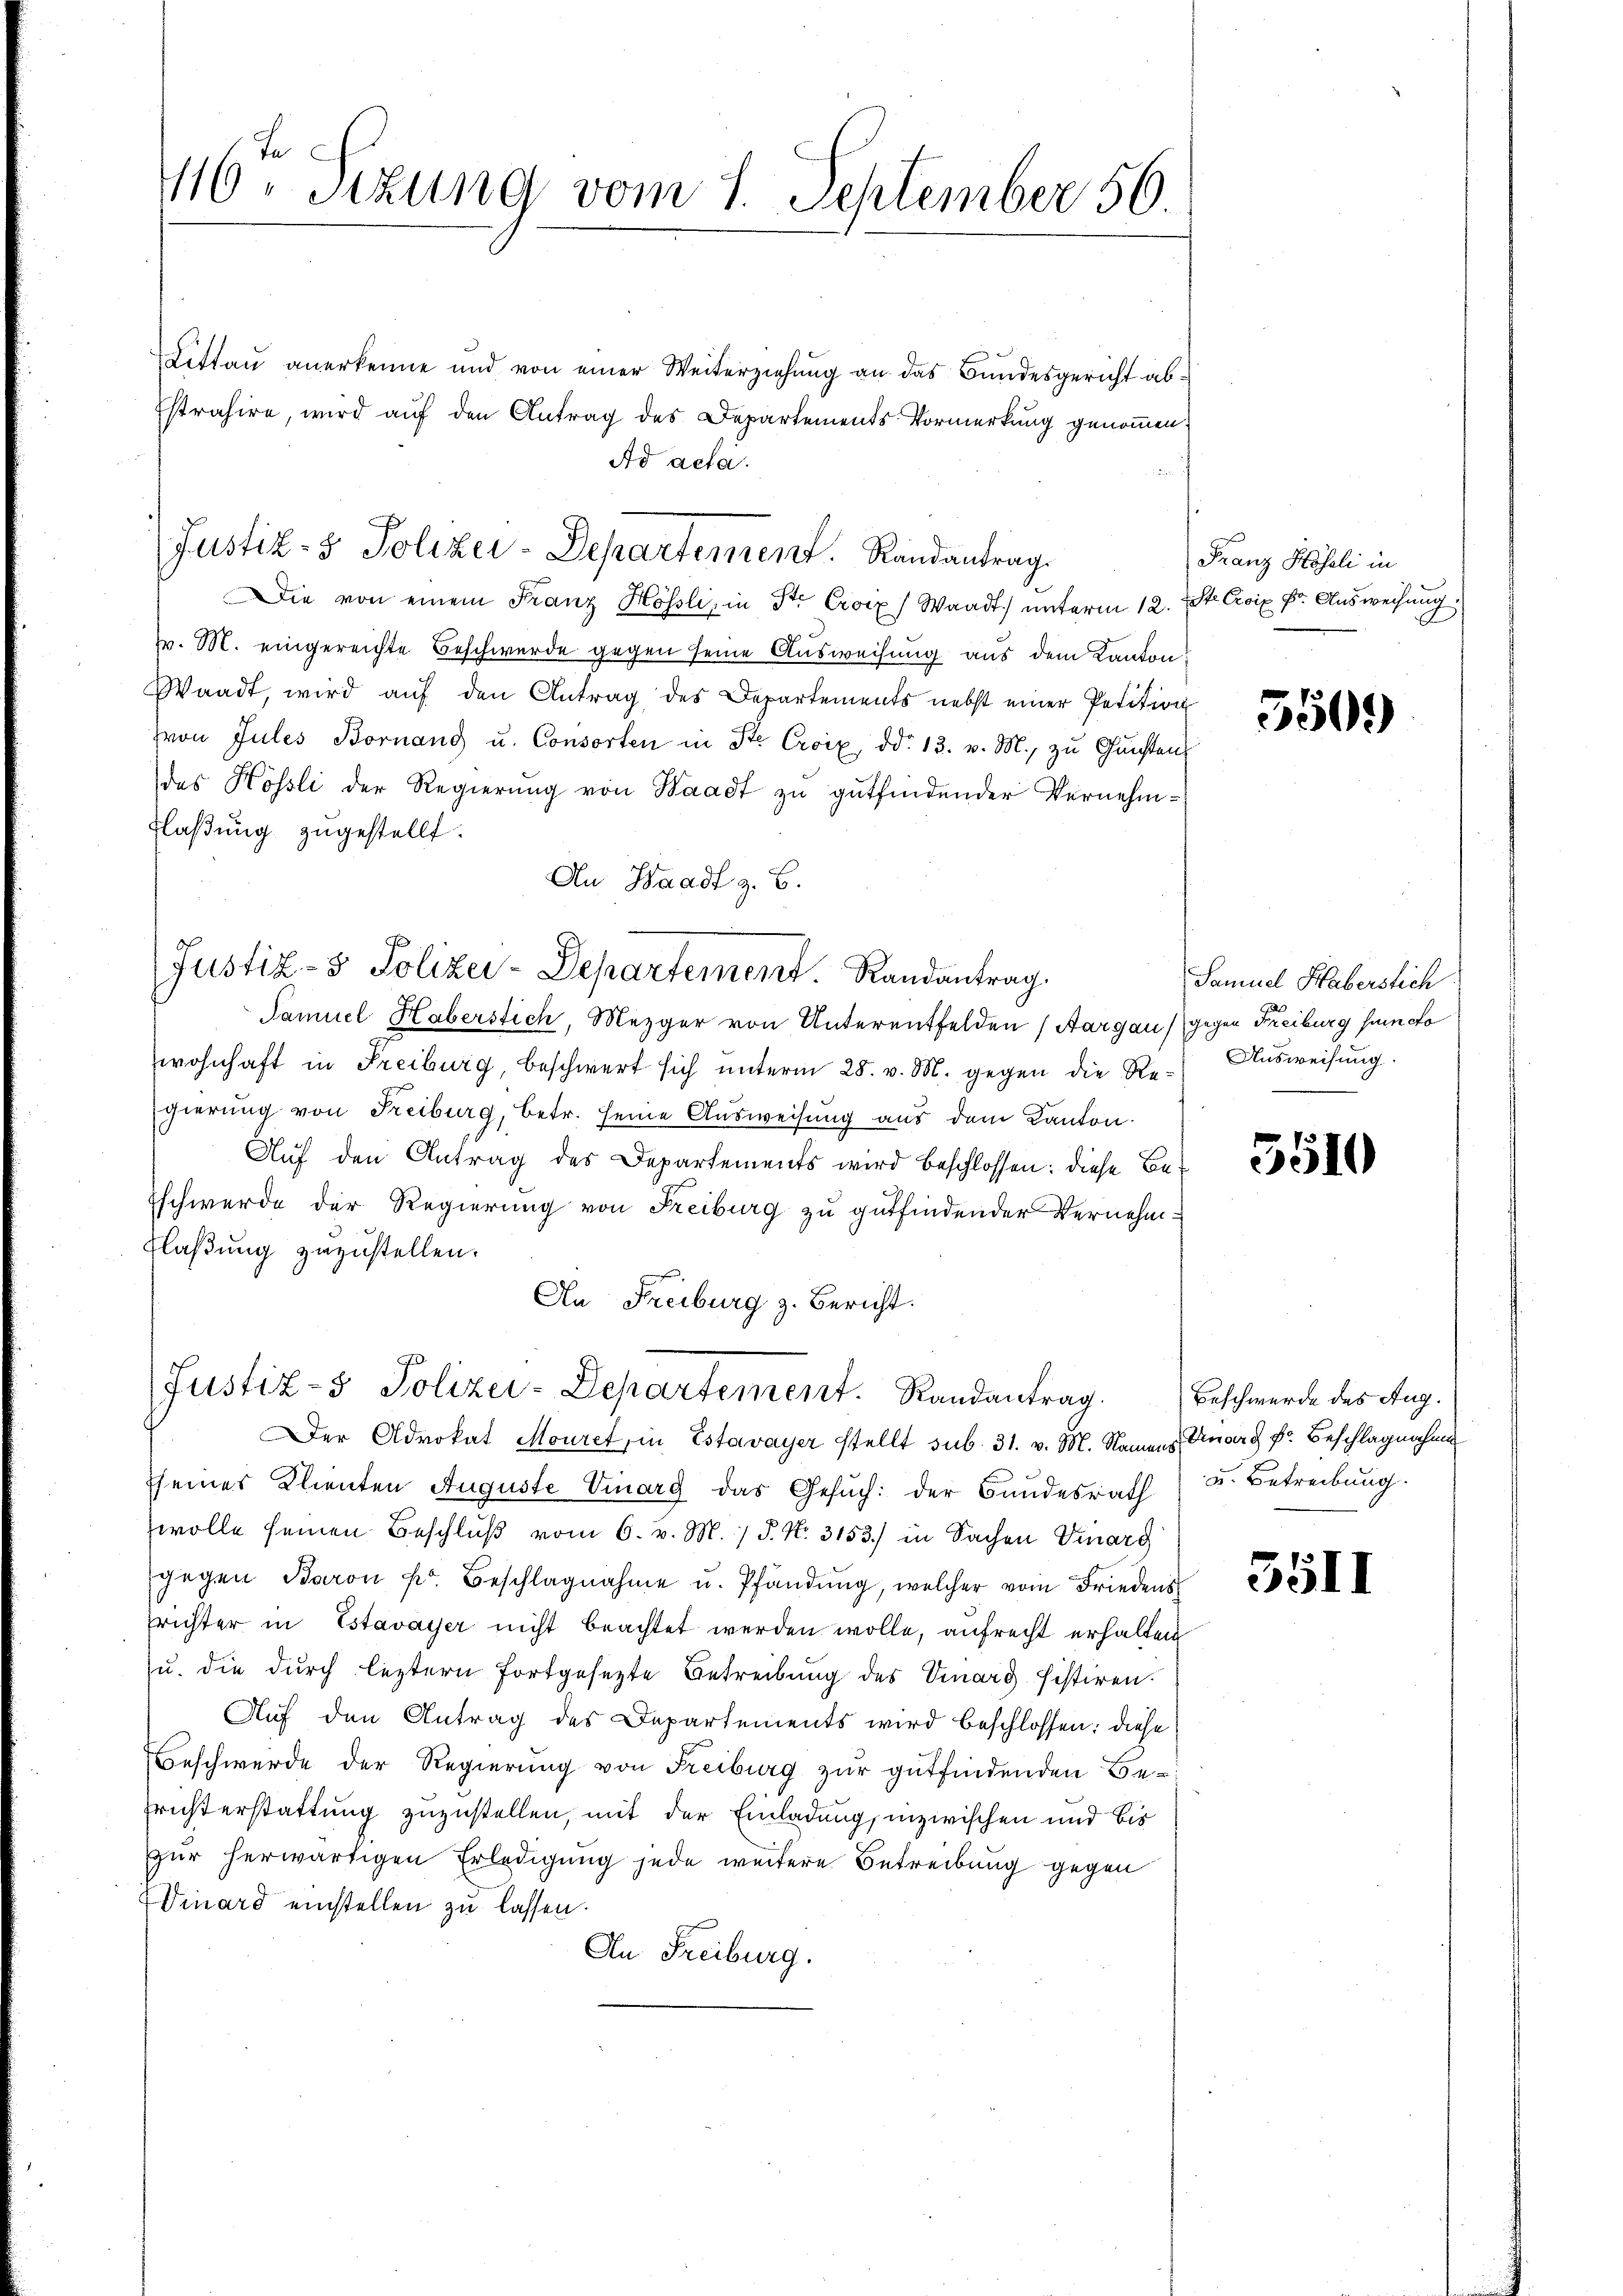
416. Sitzung vom 1. September 56

Littau anerkenne und von einer Weiterziehung an das Bundesgericht ab¬
Estrahire, wird auf den Antrag des Departements Vormerkung genommen:
Ad acta.
Die von einem Franz Hössli, in St. Croix) Waadt unterm 12. St. Croix Dr. Ausweisung
v. M. eingereichte Beschwerde gegen seine Ausweisung aus dem Kanton
Waadt, wird aŭf den Antrag des Departements nebst einer Petition
von Jules Bornand u. Consorten in Ste Croix, dd. 13. v. M., zu Gunsten
das Kössli der Regierung von Waadt zu gutfindender Vernehm¬
Flaßung zugestellt.
An Waadt z. B.
Samuel Haberstich, Mezger von Unterentfelden (Aargau, gegen Freiburg suncto
wohnhaft in Freiburg, beschwert sich ŭnterm 28. v. M. gegen die Re-Ausweisung.
gierung von Freiburg, betr. seine Ausweisung aus dem Kanton.
Auf den Antrag des Departements wird beschlossen: diese Beschwerde der Regierung von Freiburg zu gutfindender Vernehm¬
Flaßung zuzustellen.
An Freiburg z. Bericht.
Justiz- & Polizei-Departement. Randantrag.
Der Advokat Mouret, in Estavayer stellt sub. 31. v. M. Namens Anarg Fr. Beschlagnahme
seines Klienten Auguste Vinarg das Gesŭch der Bundesrath u. Betreibung
wolle seinen Beschluß vom 6. v. M. / 5. No. 3153) in Sachen Vinarg
gegen Baron fr. Beschlagnahme u. Pfandŭng, welcher vom Friedens
richter in Estavayer nicht beachtet werden wolle, aufrecht erhalten
zu. die durch leztern fortgesetzte Betreibung des Vinard histiren.
Auf den Antrag des Departements wird beschlossen: diese
Beschwerde der Regierung von Freiburg zur gutfindenden Be¬
Erichterstattung zuzustellen, mit der Einladung, inzwischen und bis
zur herwärtigen Erledigung jede weitere Betreibung gegen
Winard einstellen zu lassen.
An Freiburg.

Justiz- & Polizei-Departement. Randantrag.

Justiz- & Polizei-Departement. Randantrag.

Franz Höseli in

5509

Samuel Haberstich

5510

Beschwerde des Aug.

351)